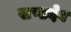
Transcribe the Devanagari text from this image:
खण्डदेव